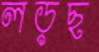
লড়ছ